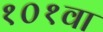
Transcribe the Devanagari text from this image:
१०१वा